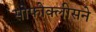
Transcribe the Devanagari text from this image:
सोफोक्लीसने